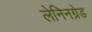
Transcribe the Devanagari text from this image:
लेनिनग्रेड